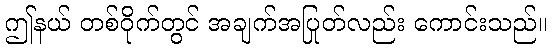
ဤနယ် တစ်ဝိုက်တွင် အချက်အပြုတ်လည်း ကောင်းသည်။